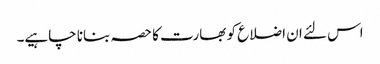
اس لئے ان اضلاع کو بھارت کا حصہ بنانا چاہیے۔